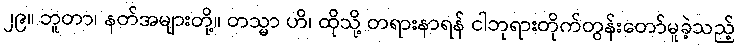
၂၉။ ဘူတာ၊ နတ်အများတို့။ တသ္မာ ဟိ၊ ထိုသို့ တရားနာရန် ငါဘုရားတိုက်တွန်းတော်မူခဲ့သည့်